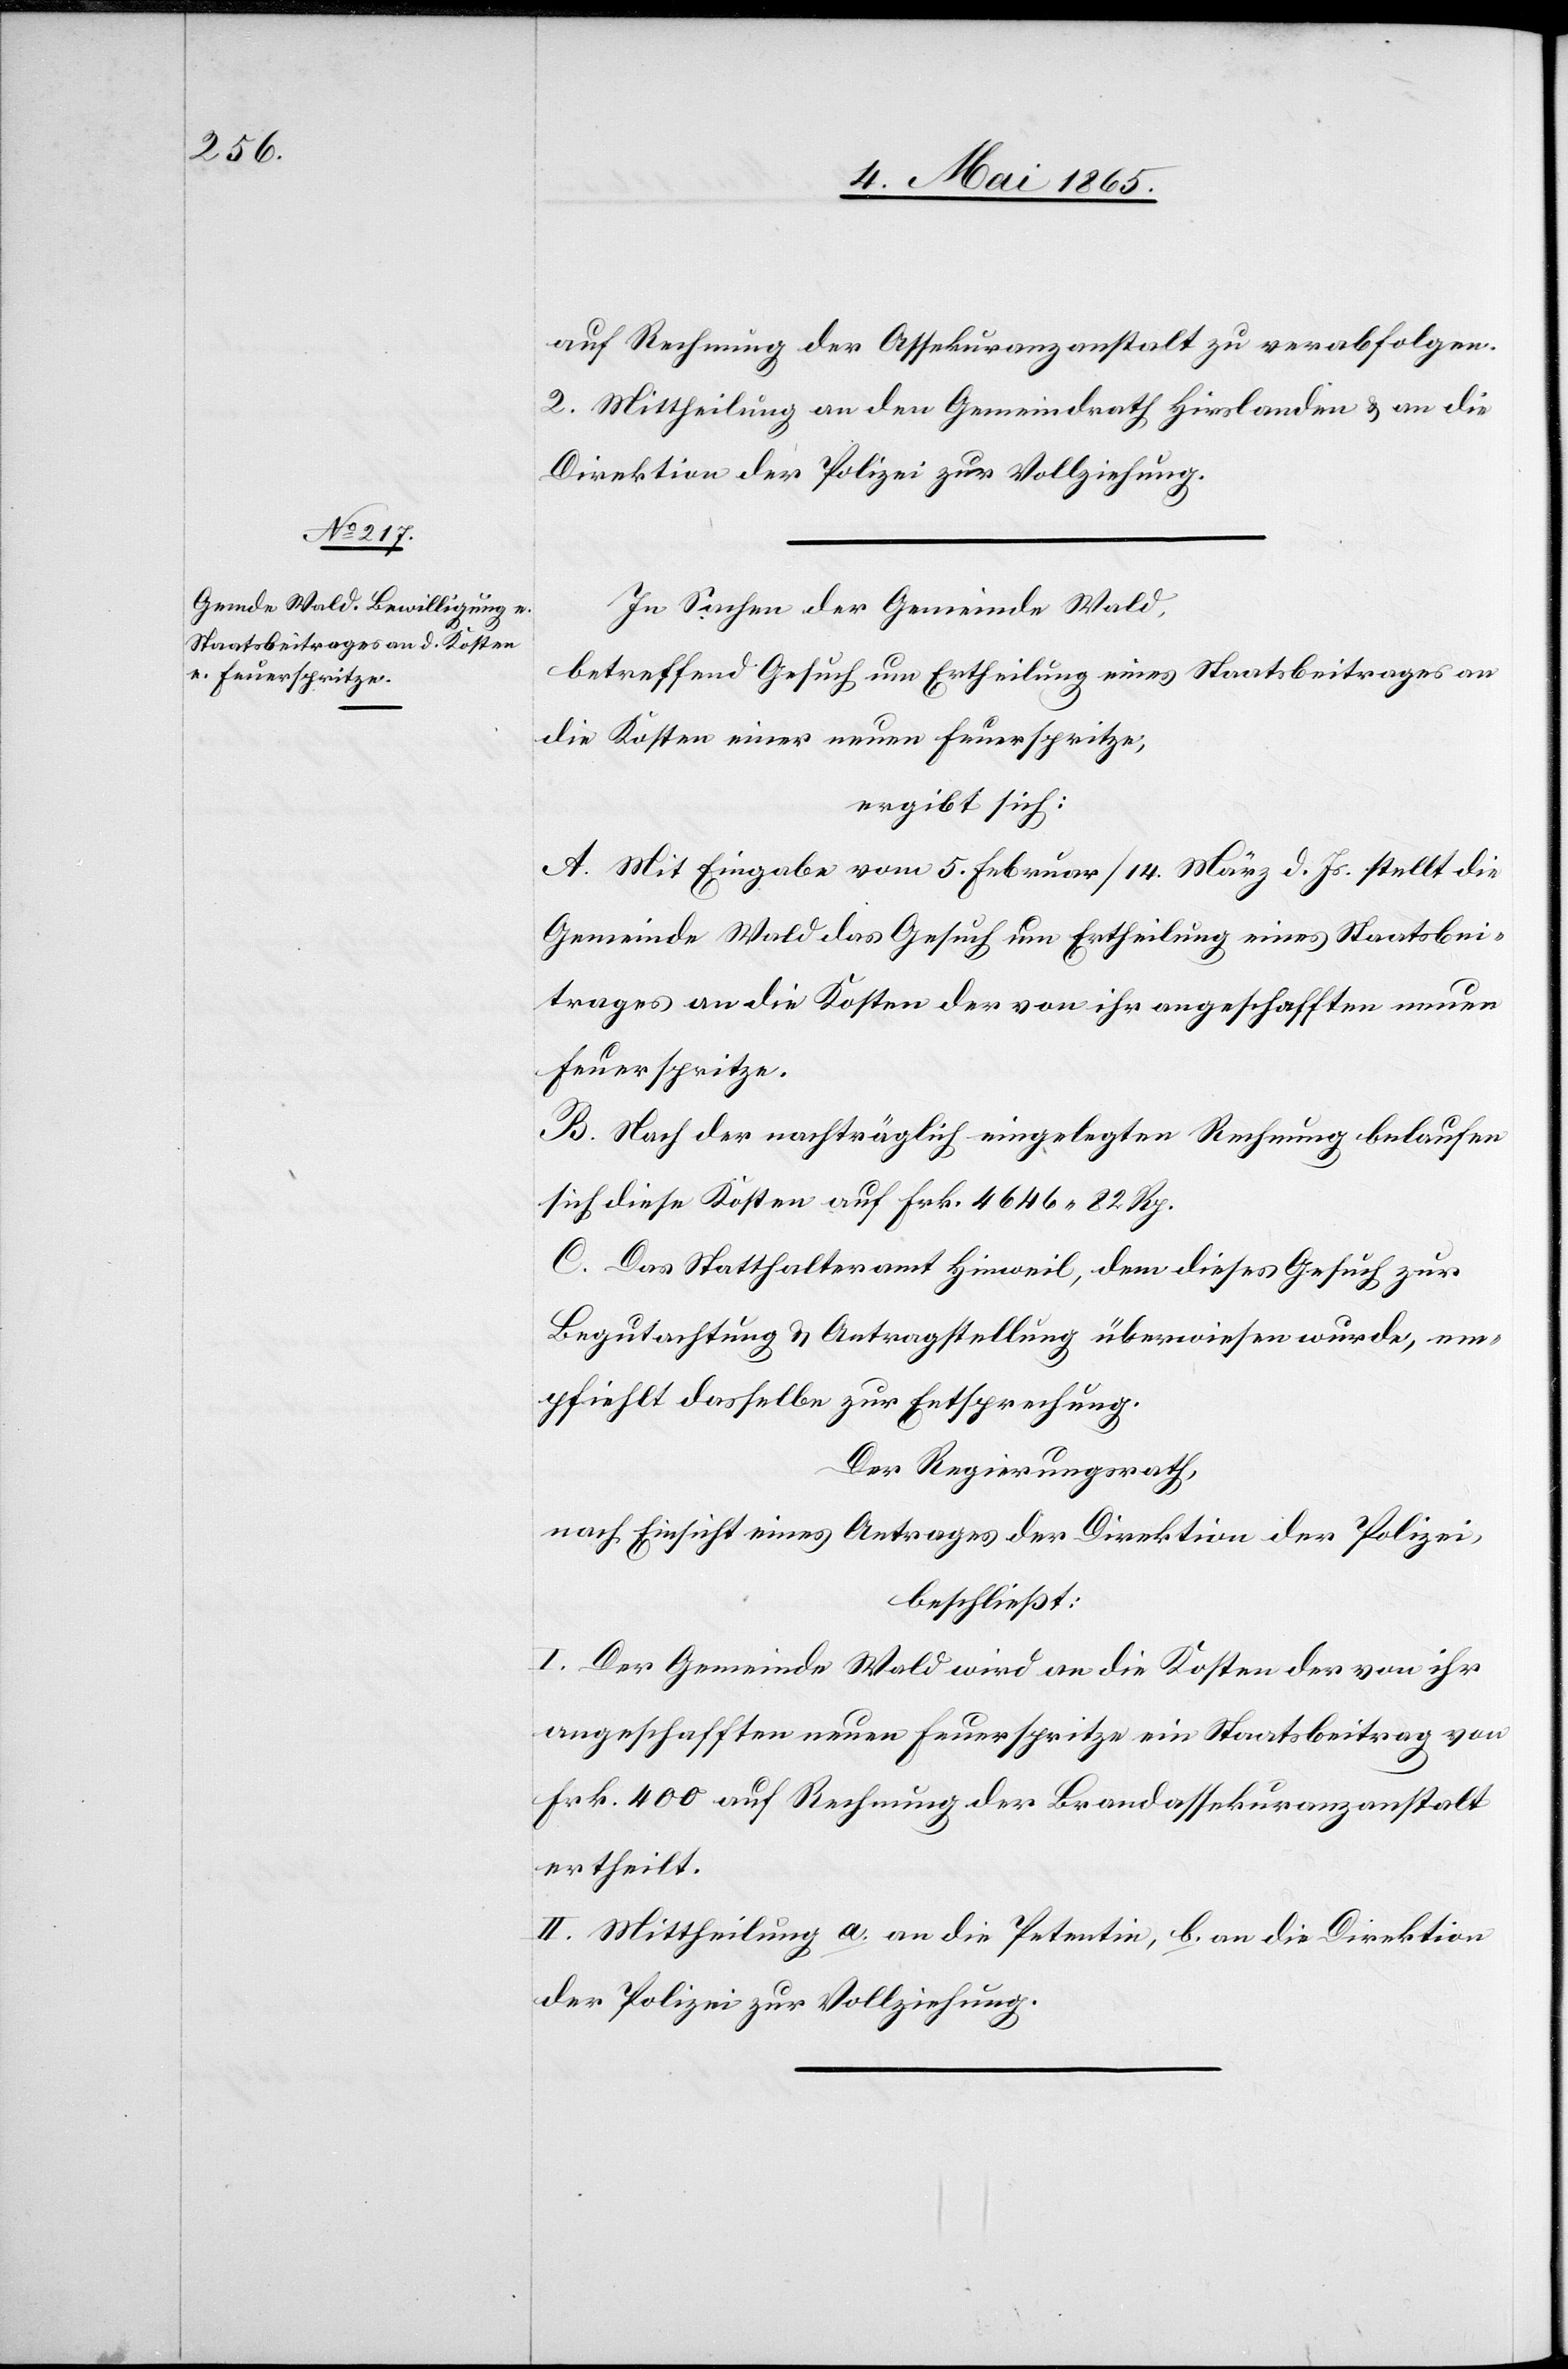
auf Rechnung der Assekuranzanstalt zu verabfolgen.
2. Mittheilung an den Gemeindrath Hirslanden & an die
Direktion der Polizei zur Vollziehung.
In Sachen der Gemeinde Wald,
betreffend Gesuch um Ertheilung eines Staatsbeitrages an
die Kosten einer neuen Feuerspritze,
ergibt sich:
A. Mit Eingabe vom 5. Februar/14. März d. Js. stellt die
Gemeinde Wald das Gesuch um Ertheilung eines Staatsbei¬
trags an die Kosten der von ihr angeschafften neuen
Feuerspritze.
B. Nach der nachträglich eingelegten Rechnung belaufen
sich diese Kosten auf Frk. 4646 82 Rp.
C. Das Statthalteramt Hinweil, dem dieses Gesuch zur
Begutachtung & Antragstellung überwiesen wurde, em¬
pfiehlt dasselbe zur Entsprechung.
Der Regierungsrath,
nach Einsicht eines Antrages der Direktion der Polizei,
beschließt:
I. Der Gemeinde Wald wird an die Kosten der von ihr
angeschafften neuen Feuerspritze ein Staatsbeitrag von
Frk. 400 auf Rechnung der Brandassekuranzanstalt
ertheilt.
II. Mittheilung a. an die Petentin, b. an die Direktion
der Polizei zur Vollziehung.